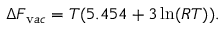
\Delta F _ { \mathrm v a c } = T ( 5 . 4 5 4 + 3 \ln ( R T ) ) .